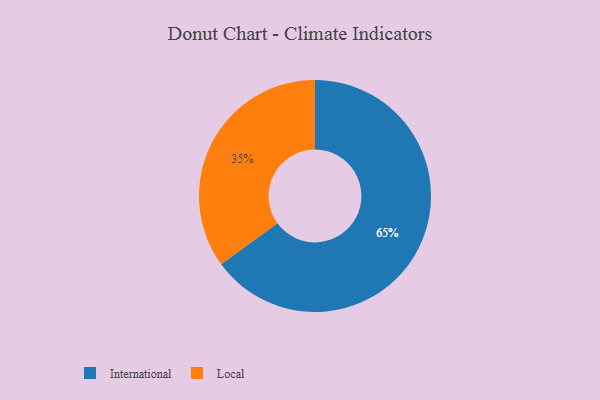
{"axis": {"x": "Category", "y": "Percentage"}, "legend": ["International", "Local"], "data": [{"x": "Local", "y": 35, "type": "Local"}, {"x": "International", "y": 65, "type": "International"}]}